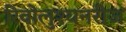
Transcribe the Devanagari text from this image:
रिवोलुश्यनरीज